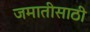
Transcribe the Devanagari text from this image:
जमातीसाठी